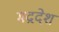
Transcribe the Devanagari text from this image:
मद्रदेश